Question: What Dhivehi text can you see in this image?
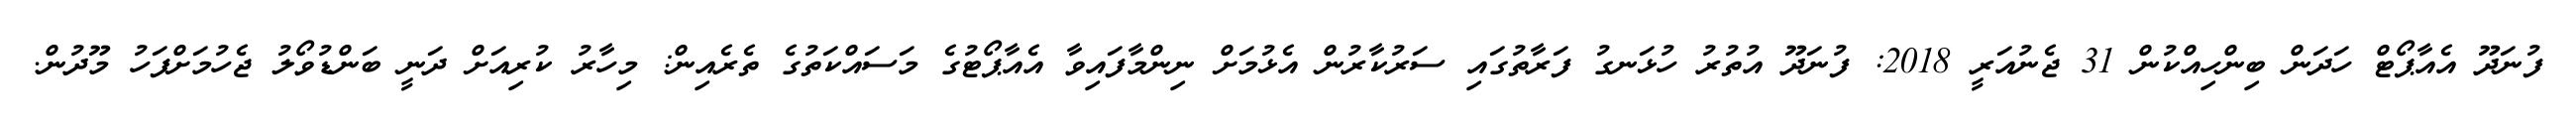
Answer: ފުނަދޫ އެއާޕޯޓް ހަދަން ބިންހިއްކުން 31 ޖެނުއަރީ 2018: ފުނަދޫ އުތުރު ހުޅަނގު ފަރާތުގައި ސަރުކާރުން އެޅުމަށް ނިންމާފައިވާ އެއާޕޯޓުގެ މަސައްކަތުގެ ތެރެއިން: މިހާރު ކުރިއަށް ދަނީ ބަންޑުވޯލު ޖެހުމަށްފަހު މޫދުން.